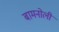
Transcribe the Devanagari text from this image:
बामनोली